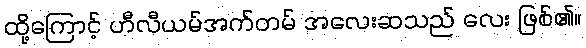
ထို့ကြောင့် ဟီလီယမ်အက်တမ် အလေးဆသည် လေး ဖြစ်၏။